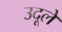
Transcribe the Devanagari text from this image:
उदूले